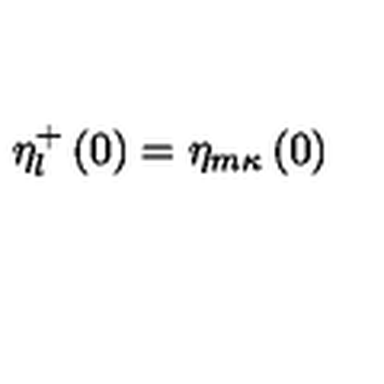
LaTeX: \eta _ { l } ^ { + } \left( 0 \right) = \eta _ { m \kappa } \left( 0 \right)